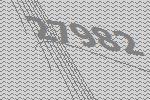
27982